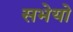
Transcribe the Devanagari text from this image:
सभेयो